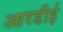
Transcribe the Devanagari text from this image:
आरडीई